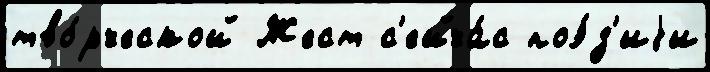
тво́рческой Жест с'ейча́с поэ́з'иjи